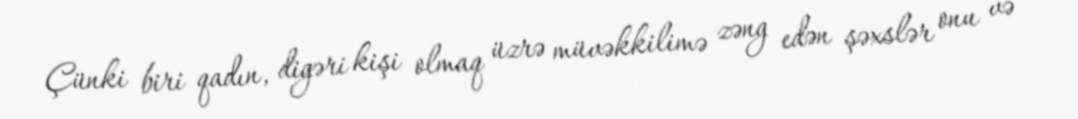
Çünki biri qadın, digəri kişi olmaq üzrə müvəkkilimə zəng edən şəxslər onu və